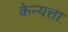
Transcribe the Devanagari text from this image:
केन्यत्ता